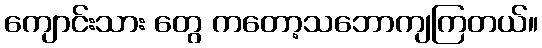
ကျောင်းသား တွေ ကတော့သဘောကျကြတယ်။